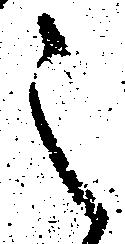
之